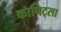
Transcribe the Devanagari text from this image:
कापिट्सा